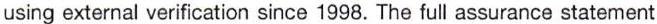
using external verification since 1998. The full assurance statement